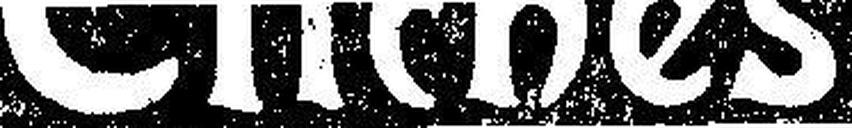
Clichés